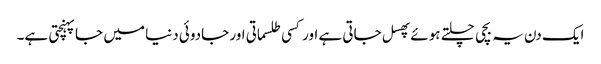
ایک دن یہ بچی چلتے ہوئے پھسل جاتی ہے اور کسی طلسماتی اور جادوئی دنیا میں جاپہنچتی ہے۔